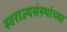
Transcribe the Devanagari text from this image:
स्वराज्यसंस्थांच्या